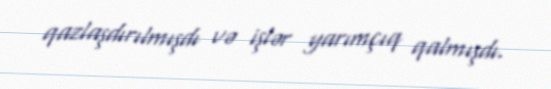
qazlaşdırılmışdı və işlər yarımçıq qalmışdı.